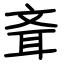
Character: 斊